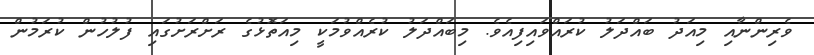
ވެރިންނާއި މިއަދު ބައްދަލު ކުރައްވައިފިއެވެ. މިބައްދަލު ކުރެއްވުމަކީ މިއަތޮޅުގެ ރަށްރަށުގައި ފުލުހުން ކުރަމުން